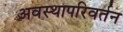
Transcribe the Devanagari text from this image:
अवस्थापरिवर्तन